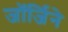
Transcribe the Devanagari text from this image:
जॉर्जिने